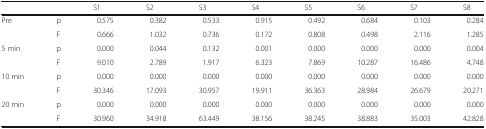
<table><thead><tr><td></td><td></td><td><b>S1</b></td><td><b>S2</b></td><td><b>S3</b></td><td><b>S4</b></td><td><b>S5</b></td><td><b>S6</b></td><td><b>S7</b></td><td><b>S8</b></td></tr></thead><tbody><tr><td>Pre</td><td>p</td><td>0.575</td><td>0.382</td><td>0.533</td><td>0.915</td><td>0.492</td><td>0.684</td><td>0.103</td><td>0.284</td></tr><tr><td></td><td>F</td><td>0.666</td><td>1.032</td><td>0.736</td><td>0.172</td><td>0.808</td><td>0.498</td><td>2.116</td><td>1.285</td></tr><tr><td>5 min</td><td>p</td><td>0.000</td><td>0.044</td><td>0.132</td><td>0.001</td><td>0.000</td><td>0.000</td><td>0.000</td><td>0.004</td></tr><tr><td></td><td>F</td><td>9.010</td><td>2.789</td><td>1.917</td><td>6.323</td><td>7.869</td><td>10.287</td><td>16.486</td><td>4.748</td></tr><tr><td>10 min</td><td>p</td><td>0.000</td><td>0.000</td><td>0.000</td><td>0.000</td><td>0.000</td><td>0.000</td><td>0.000</td><td>0.000</td></tr><tr><td></td><td>F</td><td>30.346</td><td>17.093</td><td>30.957</td><td>19.911</td><td>36.363</td><td>28.984</td><td>26.679</td><td>20.271</td></tr><tr><td>20 min</td><td>p</td><td>0.000</td><td>0.000</td><td>0.000</td><td>0.000</td><td>0.000</td><td>0.000</td><td>0.000</td><td>0.000</td></tr><tr><td></td><td>F</td><td>30.960</td><td>34.918</td><td>63.449</td><td>38.156</td><td>38.245</td><td>38.883</td><td>35.003</td><td>42.828</td></tr></tbody></table>